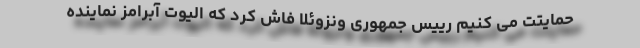
حمایتت می کنیم رییس جمهوری ونزوئلا فاش کرد که الیوت آبرامز نماینده